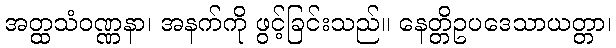
အတ္ထသံဝဏ္ဏနာ၊ အနက်ကို ဖွင့်ခြင်းသည်။ နေတ္တိဥပဒေသာယတ္တာ၊